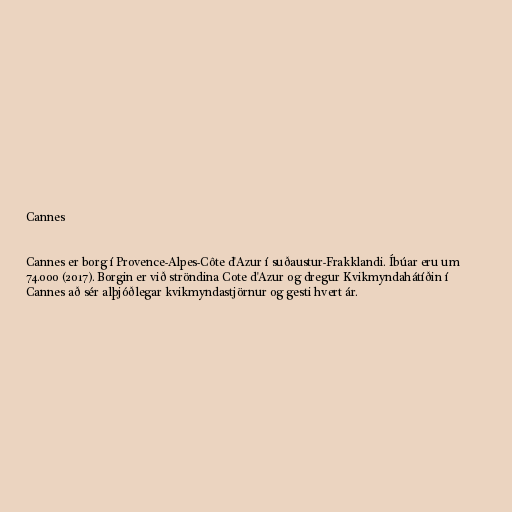
Cannes

Cannes er borg í Provence-Alpes-Côte d'Azur í suðaustur-Frakklandi. Íbúar eru um
74.000 (2017). Borgin er við ströndina Cote d'Azur og dregur Kvikmyndahátíðin í
Cannes að sér alþjóðlegar kvikmyndastjörnur og gesti hvert ár.